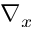
\nabla _ { x }